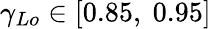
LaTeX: {{\gamma}_{Lo}}\in\left[0.85,\ 0.95\right]